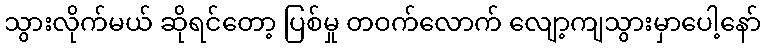
သွားလိုက်မယ် ဆိုရင်တော့ ပြစ်မှု တဝက်လောက် လျော့ကျသွားမှာပေါ့နော်